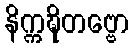
နိက္ကဍ္ဎိတဗ္ဗော